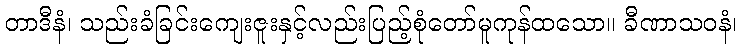
တာဒီနံ၊ သည်းခံခြင်းကျေးဇူးနှင့်လည်းပြည့်စုံတော်မူကုန်ထသော။ ခီဏာသဝနံ၊